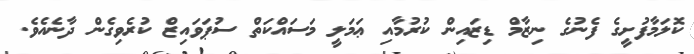
ކޮލަމާފުށީގެ ފެނުގެ ނިޒާމް ޑިޒައިން ކުރުމާއި ޢަމަލީ މަސައްކަތް ސުޕަވައިޒް ކުރެވިގެން ދާނެއެވެ.